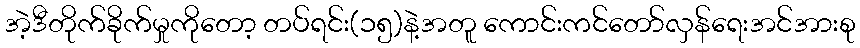
အဲ့ဒီတိုက်ခိုက်မှုကိုတော့ တပ်ရင်း(၁၅)နဲ့အတူ ကောင်းကင်တော်လှန်ရေးအင်အားစု